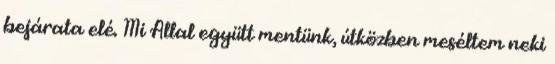
bejárata elé. Mi Allal együtt mentünk, útközben meséltem neki